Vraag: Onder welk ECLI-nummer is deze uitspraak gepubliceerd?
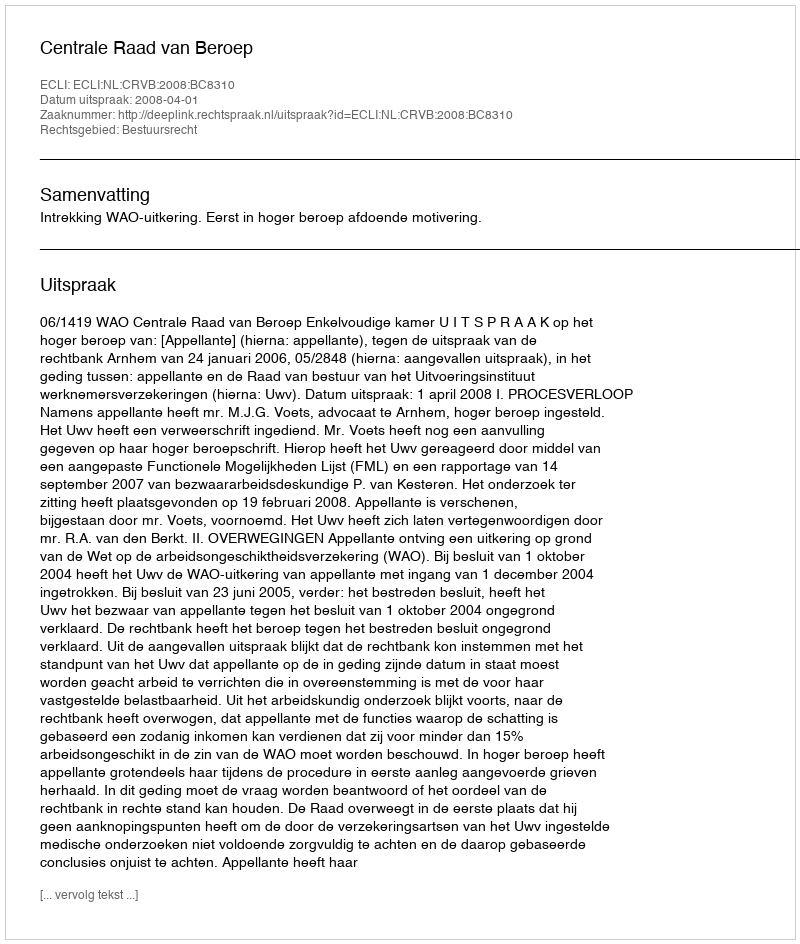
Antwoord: ECLI:NL:CRVB:2008:BC8310